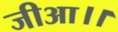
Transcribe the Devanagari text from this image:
जीआ।।